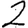
Digit: 2